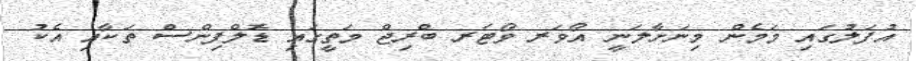
އުފަލުގައި މަމެން މިނަށާލަނީ އޯވަރ ވޯޓަރ ބްރިޖް މަތީގައި ޑޮލްފިންސް ތަކާއި އެކު